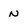
Character: N